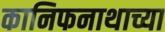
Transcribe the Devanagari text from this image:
कानिफनाथाच्या